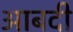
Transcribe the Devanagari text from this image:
आबदी